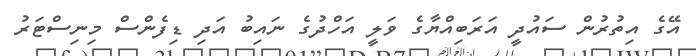
އޭގެ އިތުރުން ސައުދީ އަރަބިއްޔާގެ ވަލީ އަހްދުގެ ނައިބު އަދި ޑިފެންސް މިނިސްޓަރު